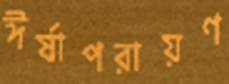
ঈর্ষাপরায়ণ